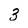
Character: 3